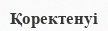
Қоректенуі